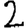
Digit: 2